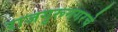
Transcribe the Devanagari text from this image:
राजगुरूनगरचे